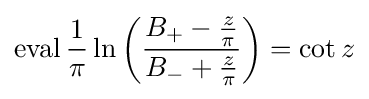
\operatorname {eval} {\frac {1}{\pi }}\ln \left({\frac {B_{+}-{\frac {z}{\pi }}}{B_{-}+{\frac {z}{\pi }}}}\right)=\cot z